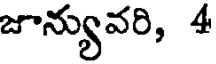
జూన్యువరి, 4